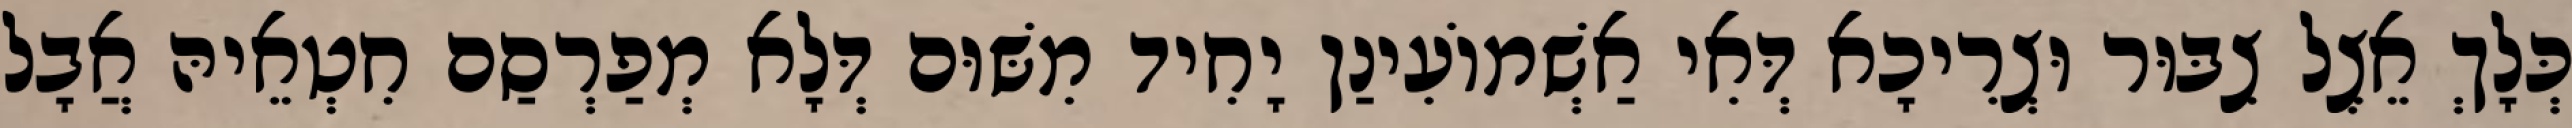
כְּלָךְ אֵצֶל צִבּוּר וּצְרִיכָא דְּאִי אַשְׁמוֹעִינַן יָחִיד מִשּׁוּם דְּלָא מְפַרְסַם חִטְאֵיהּ אֲבָל